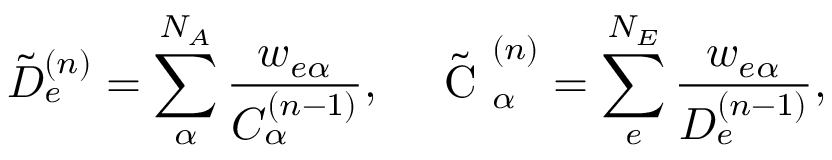
\tilde { D } _ { e } ^ { ( n ) } = \sum _ { \alpha } ^ { N _ { A } } \frac { \displaystyle w _ { e \alpha } } { \displaystyle C _ { \alpha } ^ { ( n - 1 ) } } , \quad \tilde { \mathrm { ~ C ~ } } _ { \alpha } ^ { ( n ) } = \sum _ { e } ^ { N _ { E } } \frac { \displaystyle w _ { e \alpha } } { \displaystyle D _ { e } ^ { ( n - 1 ) } } ,